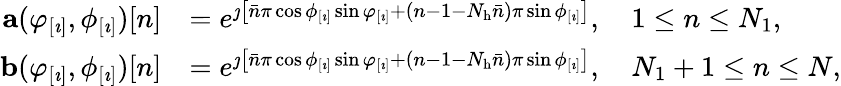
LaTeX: \begin{array}{rl}{\mathbf{a}(\varphi_{[\imath]},\phi_{[\imath]})[n]}&{=e^{\jmath\left[\bar{n}\pi\cos\phi_{[\imath]}\sin\varphi_{[\imath]}+(n-1-N_{\mathrm{h}}\bar{n})\pi\sin\phi_{[\imath]}\right]},\quad 1\leq n\leq N_{1},}\\ {\mathbf{b}(\varphi_{[\imath]},\phi_{[\imath]})[n]}&{=e^{\jmath\left[\bar{n}\pi\cos\phi_{[\imath]}\sin\varphi_{[\imath]}+(n-1-N_{\mathrm{h}}\bar{n})\pi\sin\phi_{[\imath]}\right]},\quad N_{1}+1\leq n\leq N,}\end{array}